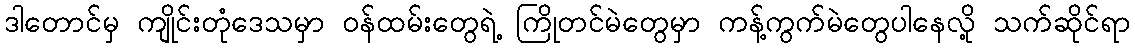
ဒါတောင်မှ ကျိုင်းတုံဒေသမှာ ဝန်ထမ်းတွေရဲ့ ကြိုတင်မဲတွေမှာ ကန့်ကွက်မဲတွေပါနေလို့ သက်ဆိုင်ရာ